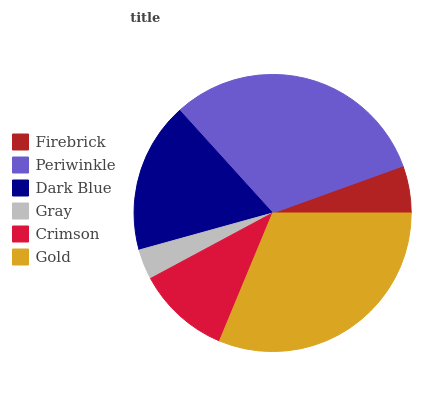
| Firebrick | Periwinkle | Dark Blue | Gray | Crimson | Gold |
 | --- | --- | --- | --- | --- | --- |
 | 5.52% | 31.2% | 17.5% | 3.54% | 10.9% | 31.2% |